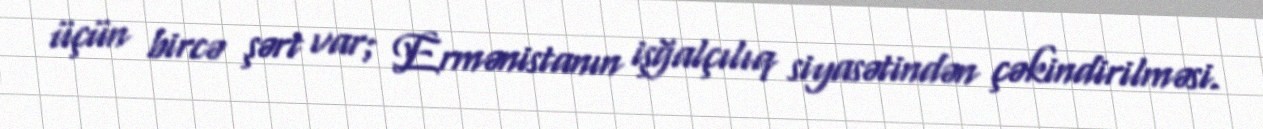
üçün bircə şərt var; Ermənistanın işğalçılıq siyasətindən çəkindirilməsi.